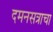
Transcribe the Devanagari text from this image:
दमनसत्राचा